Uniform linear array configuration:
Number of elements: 24
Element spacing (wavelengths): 0.25
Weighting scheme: cosine
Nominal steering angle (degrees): -30
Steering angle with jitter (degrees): -28.823
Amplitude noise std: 0.05
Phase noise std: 0.05

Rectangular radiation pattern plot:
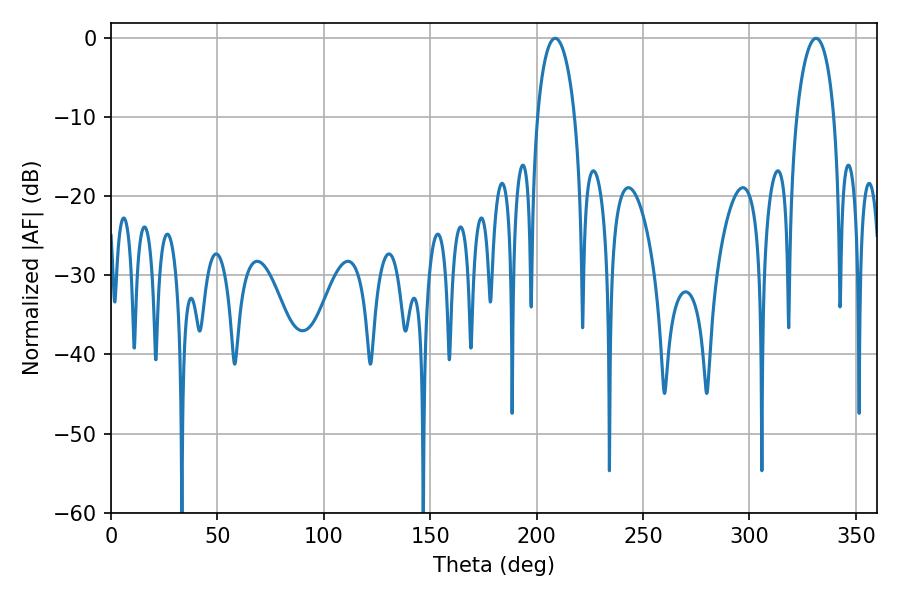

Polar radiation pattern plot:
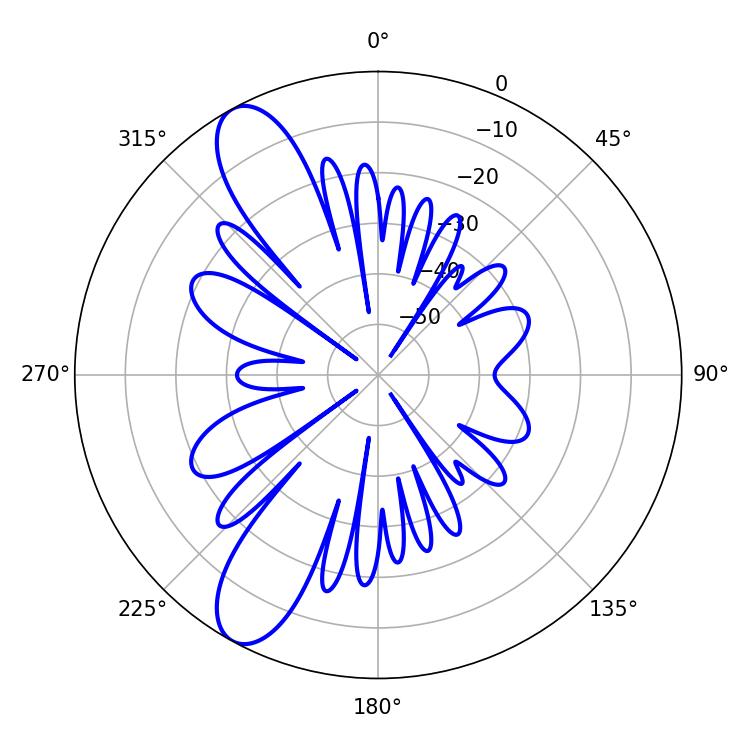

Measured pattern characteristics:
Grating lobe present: FALSE
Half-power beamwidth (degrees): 10.08
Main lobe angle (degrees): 208.8